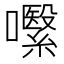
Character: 𱕧